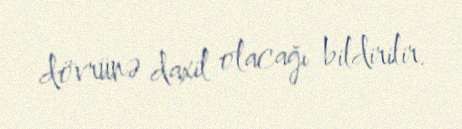
dövrünə daxil olacağı bildirilir.